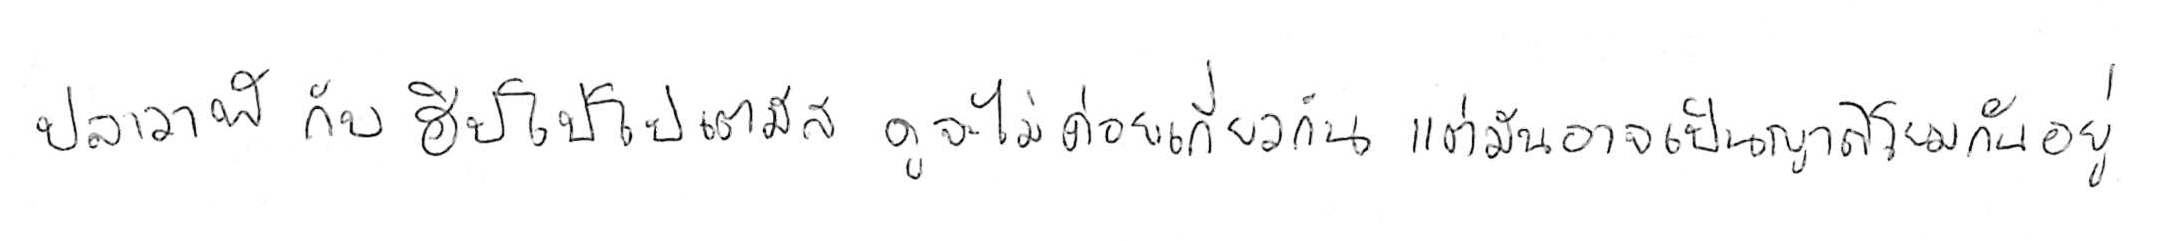
ปลาวาฬ กับ ฮิปโปโปเตมัส ดูจะไม่ค่อยเกี่ยวกัน แต่มันอาจเป็นญาติโยมกันอยู่